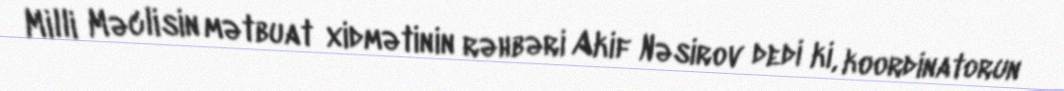
Milli Məclisin mətbuat xidmətinin rəhbəri Akif Nəsirov dedi ki, koordinatorun